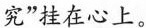
究”挂在心上。